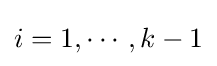
i=1,\cdots ,k-1